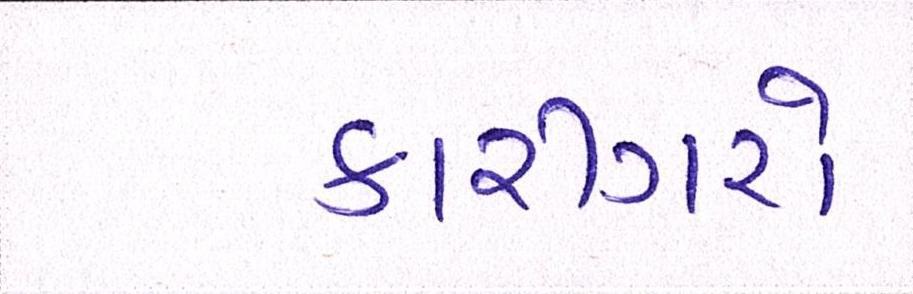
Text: કારીગરો